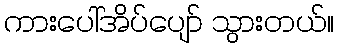
ကားပေါ်အိပ်ပျော် သွားတယ်။